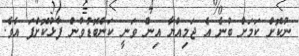
ނުކޮށް ކަމަށް ބުނެ އެ ޖަމިއްޔާ އިން ވަނީ ކަންބޮޑުވުން ފާޅުކޮށްފަ އެވެ.